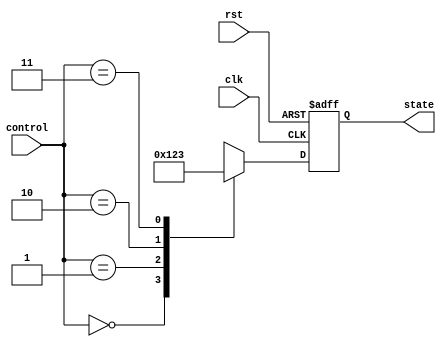
module state_machine (
    input wire clk,
    input wire rst,
    input wire [1:0] control,
    output reg [3:0] state
);

    // 
    localparam STATE_IDLE  = 4'b0000;
    localparam STATE_A     = 4'b0001;
    localparam STATE_B     = 4'b0010;
    localparam STATE_C     = 4'b0011;

    // 
    always @(posedge clk or posedge rst) begin
        if (rst) begin
            state <= STATE_IDLE;  // 
        end else begin
            case (control)
                2'b00: state <= STATE_IDLE; //  00 
                2'b01: state <= STATE_A;    //  01 A
                2'b10: state <= STATE_B;    //  10 B
                2'b11: state <= STATE_C;    //  11 C
                default: state <= STATE_IDLE; // 
            endcase
        end
    end

endmodule